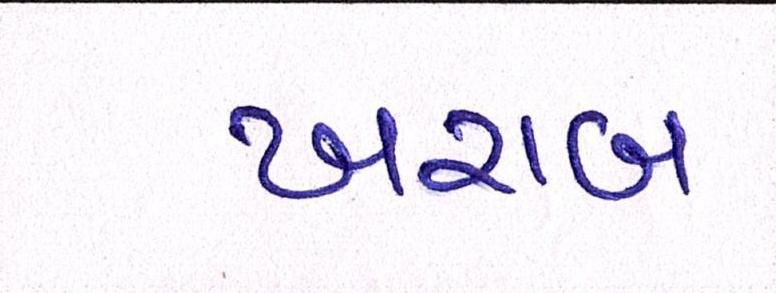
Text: ખરાબ